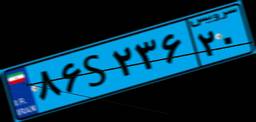
۸۶S۲۳۶۲۰